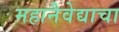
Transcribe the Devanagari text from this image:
महानैवेद्याचा